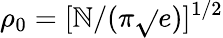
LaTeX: \rho_{0}=[\mathbb{N}/(\pi{\sqrt{}{e}})]^{1/2}